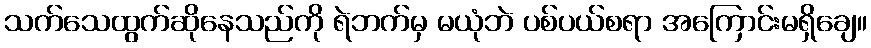
သက်သေထွက်ဆိုနေသည်ကို ရဲဘက်မှ မယုံဘဲ ပစ်ပယ်စရာ အကြောင်းမရှိချေ။